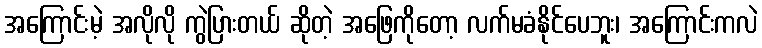
အကြောင်းမဲ့ အလိုလို ကွဲပြားတယ် ဆိုတဲ့ အဖြေကိုတော့ လက်မခံနိုင်ပေဘူး၊ အကြောင်းကလဲ